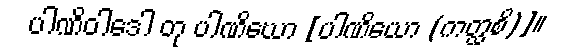
ပါဏိဝါဒေါ တု ပါဏိဃော [ပါဏိယော (ကတ္ထစိ)]။